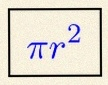
\pi r^2